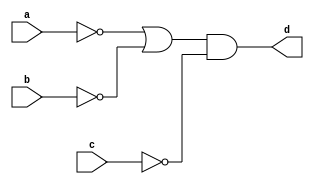
`timescale 1ns / 1ps
//////////////////////////////////////////////////////////////////////////////////
// Company: 
// Engineer: 
// 
// Design Name: 
// Module Name: Boolean_Func_one_a
// Project Name: 
// Target Devices: 
// Tool Versions: 
// Description: 
// 
// Dependencies: 
// 
// Revision:
// Revision 0.01 - File Created
// Additional Comments:
// 
//////////////////////////////////////////////////////////////////////////////////


module Boolean_Func_one_a(
    input a, b, c,
    output d    
    );
    assign d = ((~a)|(~b)) & (~c);
endmodule